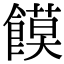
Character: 饃